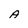
Character: A